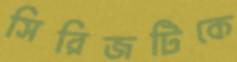
সিরিজটিকে